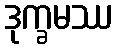
ဒုက္ခမဿ